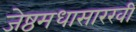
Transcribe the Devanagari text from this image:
जेष्ठमधासारखी